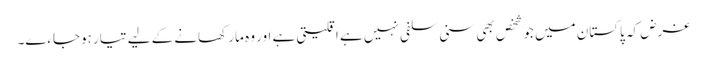
غرض کہ پاکستان میں جو شخص بھی سنی سلفی نہیں ہے اقلیتی ہے اور وہ مار کھانے کے لیے تیار ہوجاءے۔